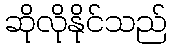
ဆိုလိုနိုင်သည်